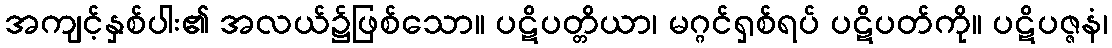
အကျင့်နှစ်ပါး၏ အလယ်၌ဖြစ်သော။ ပဋိပတ္တိယာ၊ မဂ္ဂင်ရှစ်ရပ် ပဋိပတ်ကို။ ပဋိပဇ္ဇနံ၊